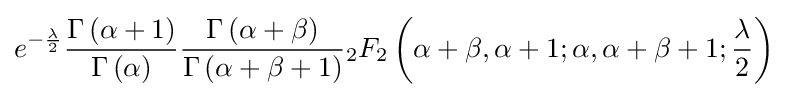
e^{-{\frac {\lambda }{2}}}{\frac {\Gamma \left(\alpha +1\right)}{\Gamma \left(\alpha \right)}}{\frac {\Gamma \left(\alpha +\beta \right)}{\Gamma \left(\alpha +\beta +1\right)}}{}_{2}F_{2}\left(\alpha +\beta ,\alpha +1;\alpha ,\alpha +\beta +1;{\frac {\lambda }{2}}\right)